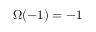
\Omega ( - 1 ) = - 1